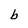
Character: b